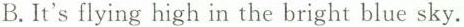
B. It's flying high in the bright blue sky.